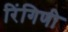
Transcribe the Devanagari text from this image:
रिंगिणी